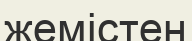
жемістен